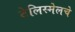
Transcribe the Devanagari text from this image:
टेलिस्मेलचे